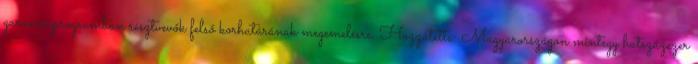
garanciaprogramban résztvevők felső korhatárának megemelésre. Hozzátette: Magyarországon mintegy hatszázezer